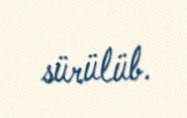
sürülüb.